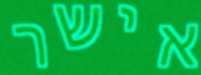
אישר